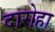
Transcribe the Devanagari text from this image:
दारोहा